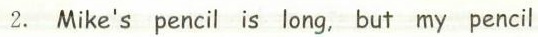
2. Mike's pencil is long, but my pencil